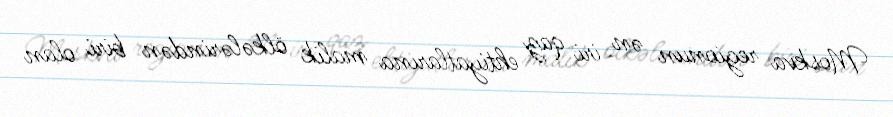
Moskva regionun ən iri qaz ehtiyatlarına malik ölkələrindən biri olan